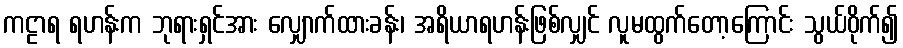
ကဠာရ ရဟန်းက ဘုရားရှင်အား လျှောက်ထားခန်း၊ အရိယာရဟန်းဖြစ်လျှင် လူမထွက်တော့ကြောင်း သွယ်ဝိုက်၍